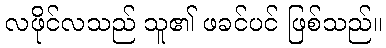
လဖိုင်လသည် သူ၏ ဖခင်ပင် ဖြစ်သည်။